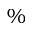
\%